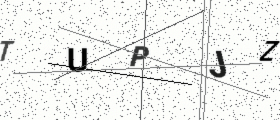
Text: TUPJZ